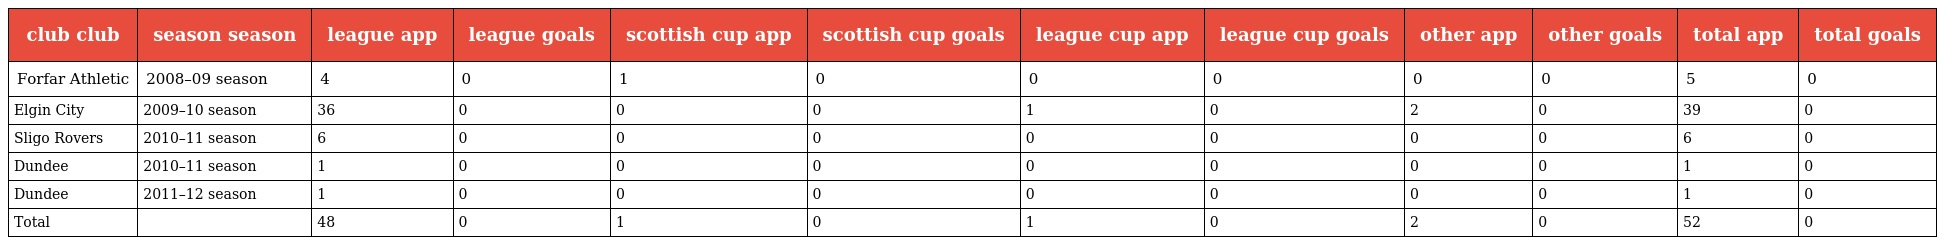
| club club | season season | league app | league goals | scottish cup app | scottish cup goals | league cup app | league cup goals | other app | other goals | total app | total goals |
 | --- | --- | --- | --- | --- | --- | --- | --- | --- | --- | --- | --- |
 | Forfar Athletic | 2008–09 season | 4 | 0 | 1 | 0 | 0 | 0 | 0 | 0 | 5 | 0 |
 | Elgin City | 2009–10 season | 36 | 0 | 0 | 0 | 1 | 0 | 2 | 0 | 39 | 0 |
 | Sligo Rovers | 2010–11 season | 6 | 0 | 0 | 0 | 0 | 0 | 0 | 0 | 6 | 0 |
 | Dundee | 2010–11 season | 1 | 0 | 0 | 0 | 0 | 0 | 0 | 0 | 1 | 0 |
 | Dundee | 2011–12 season | 1 | 0 | 0 | 0 | 0 | 0 | 0 | 0 | 1 | 0 |
 | Total |  | 48 | 0 | 1 | 0 | 1 | 0 | 2 | 0 | 52 | 0 |